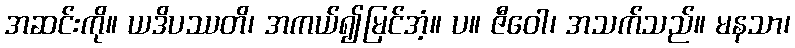
အဆင်းကို။ ယဒိပဿတိ၊ အကယ်၍မြင်အံ့။ ပ။ ဇီဝေါ၊ အသက်သည်။ မနသာ၊